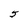
Character: 5